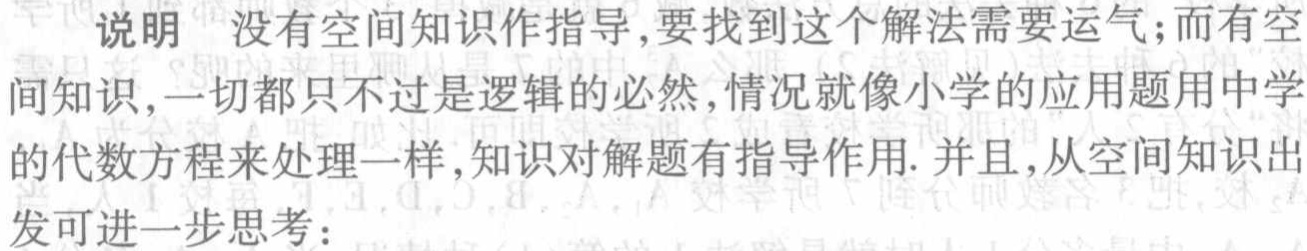
说明 没有空间知识作指导,要找到这个解法需要运气;而有空间知识,一切都只不过是逻辑的必然,情况就像小学的应用题用中学的代数方程来处理一样,知识对解题有指导作用. 并且,从空间知识出发可进一步思考：